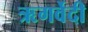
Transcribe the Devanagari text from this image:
ऋगर्वेदी